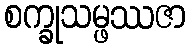
စက္ခုသမ္ဖဿဇာ